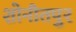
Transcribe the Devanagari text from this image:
शोनीतपुर